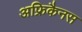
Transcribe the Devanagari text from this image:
अफ्रिकैनस